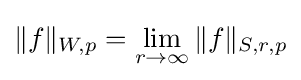
\|f\|_{W,p}=\lim _{r\to \infty }\|f\|_{S,r,p}